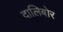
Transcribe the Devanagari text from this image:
दालिबोर